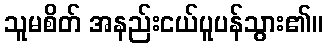
သူမစိတ် အနည်းငယ်ပူပန်သွား၏။